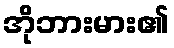
အိုဘားမား၏